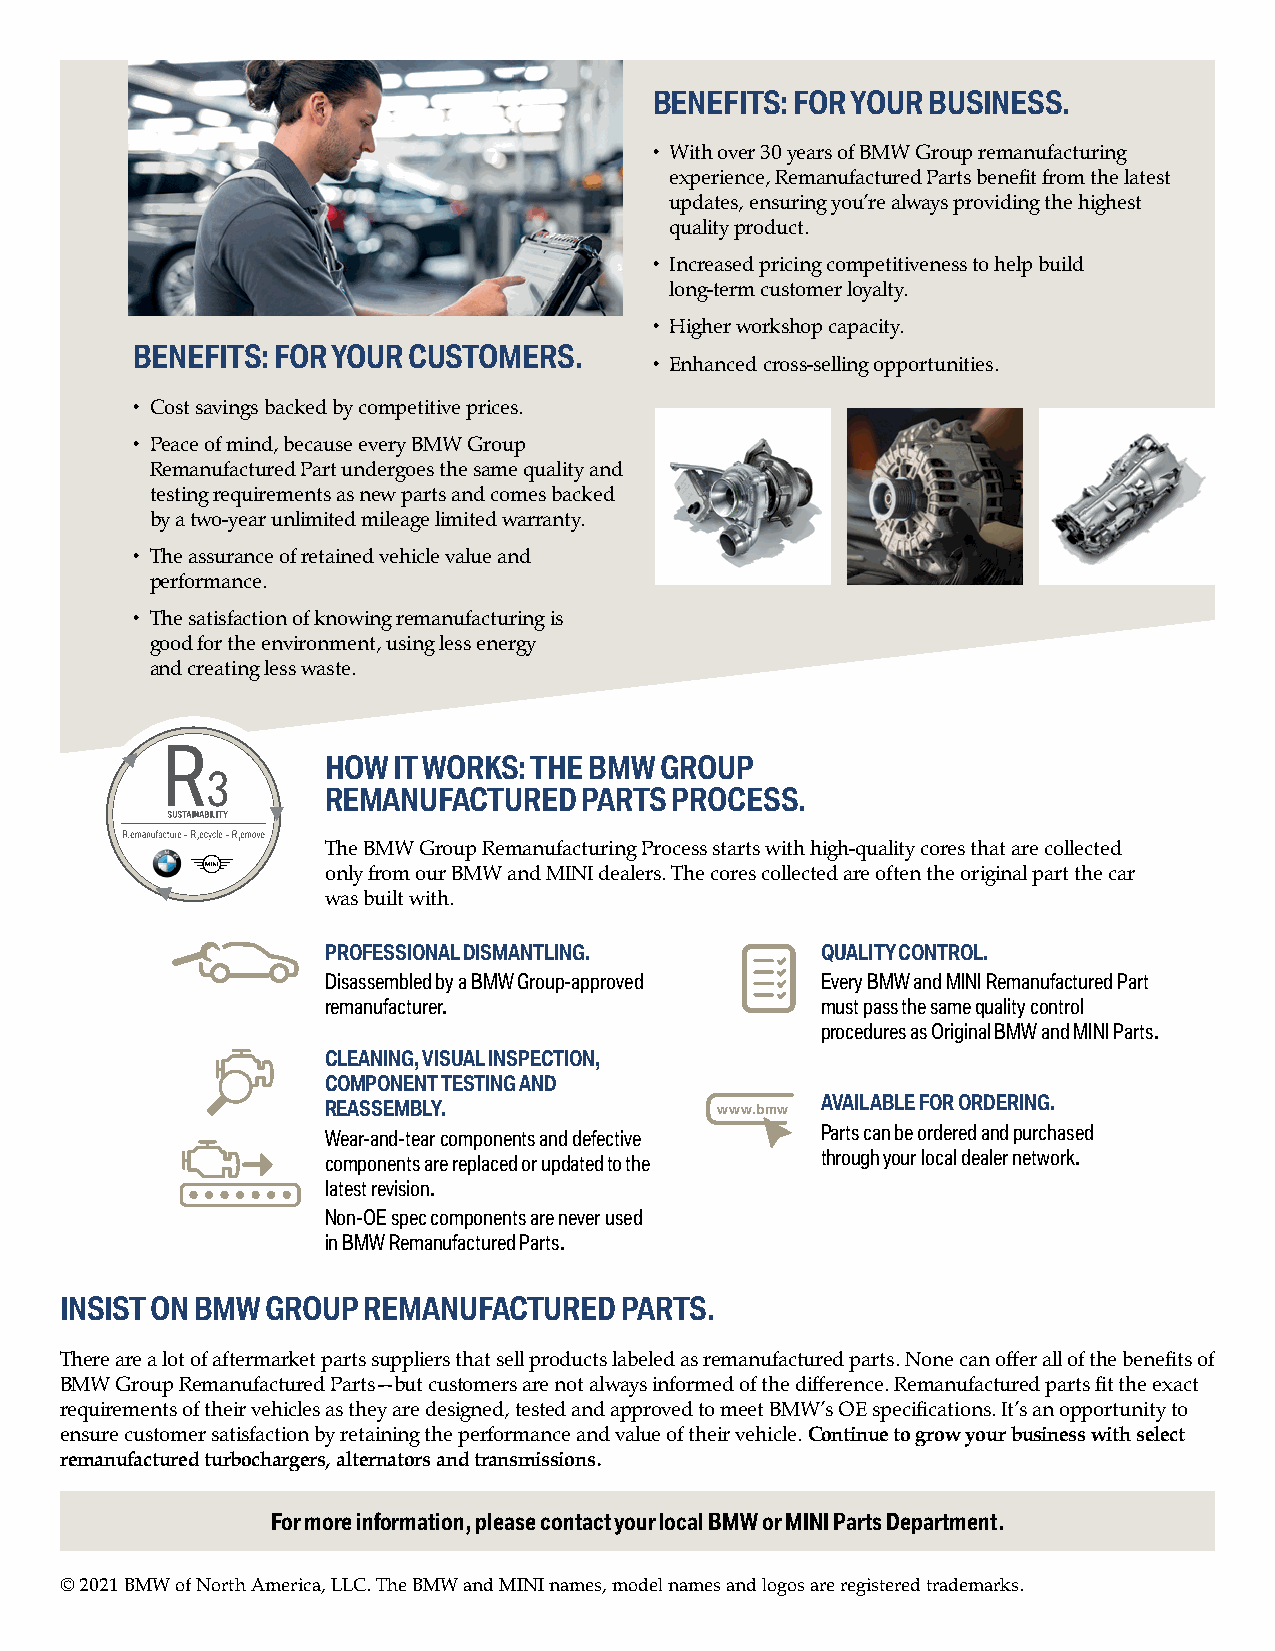
BENEFITS: FOR YOUR BUSINESS.
 • W ith over 30 years of BMW Group remanufacturing
 experience, Remanufactured Parts benefit from the latest
 updates, ensuring you’re always providing the highest
 quality product.
 • I ncreased pricing competitiveness to help build
 long-term customer loyalty.
 • Higher workshop capacity.
 BENEFITS: FOR YOUR CUSTOMERS.
 • Enhanced cross-selling opportunities.
 • Cost savings backed by competitive prices.
 • P eace of mind, because every BMW Group
 Remanufactured Part undergoes the same quality and
 testing requirements as new parts and comes backed
 by a two-year unlimited mileage limited warranty.
 • T he assurance of retained vehicle value and
 performance.
 • T he satisfaction of knowing remanufacturing is
 good for the environment, using less energy
 and creating less waste.
 HOW IT WORKS: THE BMW GROUP
 REMANUFACTURED   PARTS PROCESS.
 The BMW Group Remanufacturing Process starts with high-quality cores that are collected
 only from our BMW and MINI dealers. The cores collected are often the original part the car
 was built with.
 PROFESSIONAL DISMANTLING.       QUALITY CONTROL.
 Disassembled by a BMW Group-approved Every BMW and MINI Remanufactured Part
 remanufacturer.                 must pass the same quality control
 procedures as Original BMW and MINI Parts.
 CLEANING, VISUAL INSPECTION,
 COMPONENT TESTING AND
 REASSEMBLY.                     AVAILABLE FOR ORDERING.
 www.bmw
 Wear-and-tear components and defective Parts can be ordered and purchased
 components are replaced or updated to the through your local dealer network.
 latest revision.
 Non-OE spec components are never used
 in BMW Remanufactured Parts.
 INSIST ON BMW GROUP REMANUFACTURED   PARTS.
 There are a lot of aftermarket parts suppliers that sell products labeled as remanufactured parts. None can offer all of the benefits of
 BMW Group Remanufactured Parts — but customers are not always informed of the difference. Remanufactured parts fit the exact
 requirements of their vehicles as they are designed, tested and approved to meet BMW’s OE specifications. It’s an opportunity to
 ensure customer satisfaction by retaining the performance and value of their vehicle. Continue to grow your business with select
 remanufactured turbochargers, alternators and transmissions.
 For more information, please contact your local BMW or MINI Parts Department.
 © 2021 BMW of North America, LLC. The BMW and MINI names, model names and logos are registered trademarks.